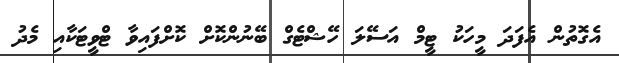
އެގޮތުން އެފަދަ މީހަކު ޓީމް އަސޭލަ ހޭޝްޓެގް ބޭނުންކޮށް ކޮށްފައިވާ ޓްވީޓަކާއި މެދު